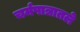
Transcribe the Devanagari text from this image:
चर्मपात्रातले